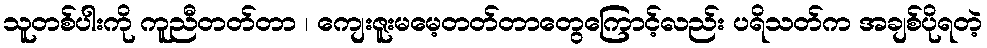
သူတစ်ပါးကို ကူညီတတ်တာ ၊ ကျေးဇူးမမေ့တတ်တာတွေကြောင့်လည်း ပရိသတ်က အချစ်ပိုရတဲ့